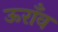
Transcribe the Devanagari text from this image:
ऊराँव